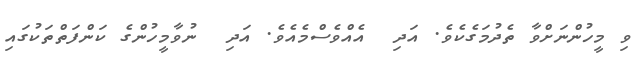
ވި މީހުންނަށްވާ ތެދުމަގެކެވެ. އަދި  އެއްވެސްމެއެވެ. އަދި  ނުވާމީހުންގެ ކަންފަތްތަކުގައި